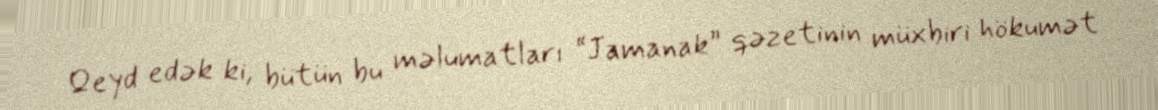
Qeyd edək ki, bütün bu məlumatları “Jamanak” qəzetinin müxbiri hökumət